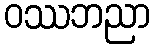
ဝဿဘညာ